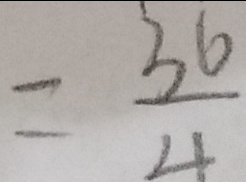
= \frac { 3 6 } { 4 }